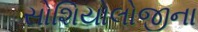
સોશિયોલોજીના